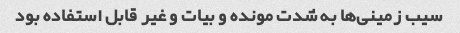
سیب زمینی‌ها به شدت مونده و بیات و غیر قابل استفاده بود